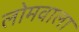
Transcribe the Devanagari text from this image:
लोमवाला